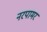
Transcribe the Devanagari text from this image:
नरपामर